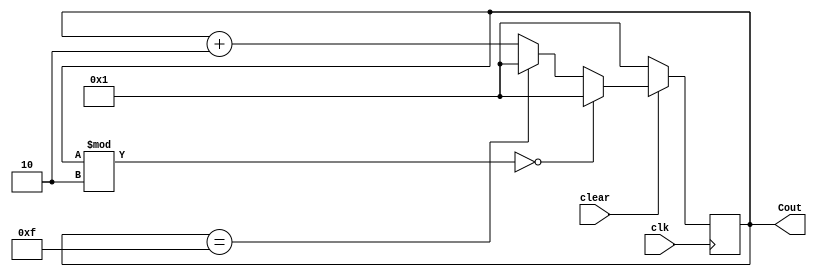
`timescale 1ns / 1ps
//////////////////////////////////////////////////////////////////////////////////
// Company: 
// Engineer: 
// 
// Design Name: 
// Module Name: Odd_counter
// Project Name: 
// Target Devices: 
// Tool Versions: 
// Description: 
// 
// Dependencies: 
// 
// Revision:
// Revision 0.01 - File Created
// Additional Comments:
// 
//////////////////////////////////////////////////////////////////////////////////


module Odd_counter(
    input clear,
    input clk,
    output reg [3:0] Cout
    );
    initial
     Cout=4'b0001;
    always@(posedge clk)

    begin 
         if(clear==0)

            Cout<=1; // 1 because this is an odd counter
         else
            begin
              if(Cout % 2 == 0) // checking if the counter started at an even state
                    Cout<=1;
              else
                     begin
                     if(Cout == 15) // max count check
                         Cout<=1;
                     else
                         Cout<=Cout+2; // odd counting 1,3,5,7,9
                     end 
              end
    end
endmodule